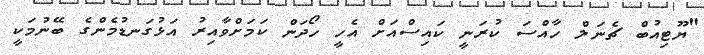
"ޔޫޓިއުބް ޗެނަލް ހާއްސަ ކުރަނީ ކައިސްއަށް އެހީ ހޯދަން ކަމަށްވާއިރު އަޅުގަނޑުމެންގެ ބޭނުމަކީ